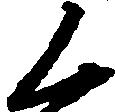
く